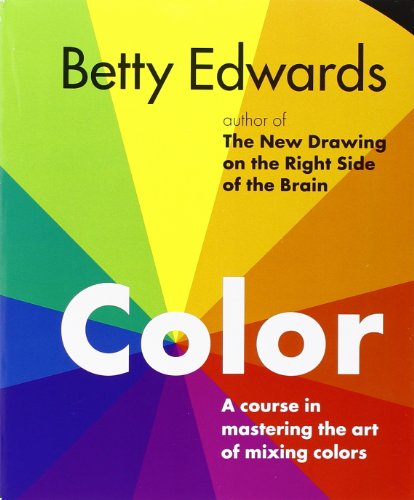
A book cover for Color by Betty Edwards: A Course in Mastering the Art of Mixing Colors; Betty Edwards; Arts & Photography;